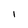
Character: 1